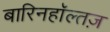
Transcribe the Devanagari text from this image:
बारिनहाॅल्तज़